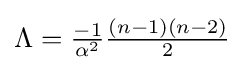
{\textstyle \Lambda ={\frac {-1}{\alpha ^{2}}}{\frac {(n-1)(n-2)}{2}}}